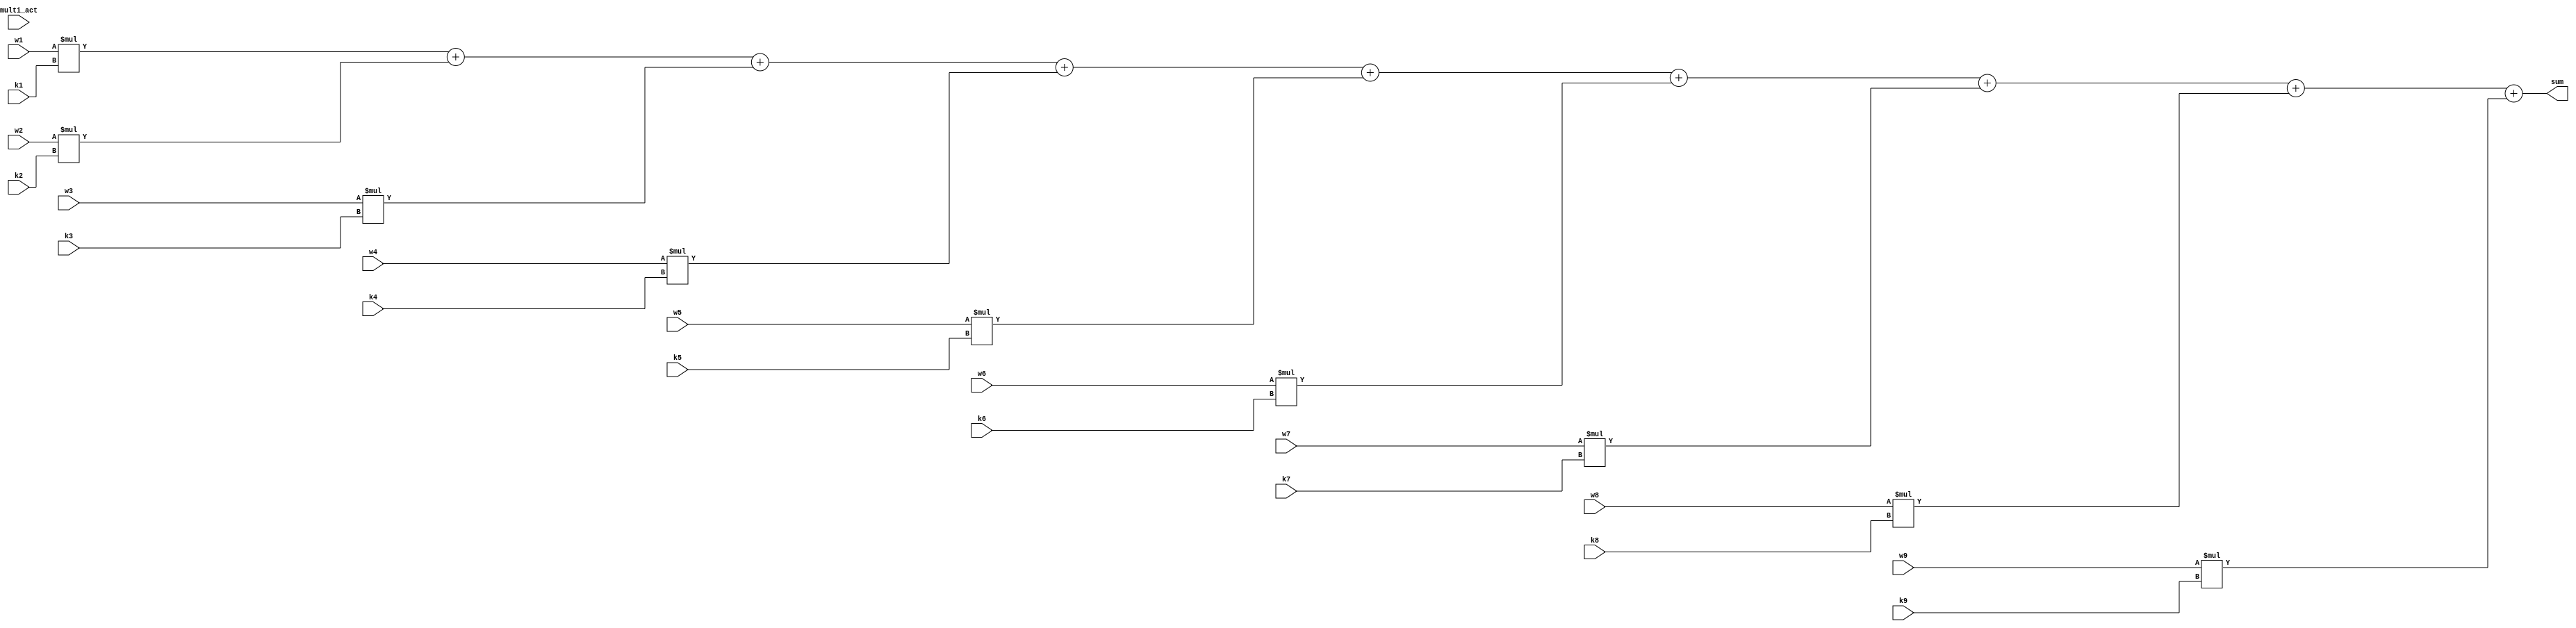
`timescale 1ns / 1ps
//////////////////////////////////////////////////////////////////////////////////
// Company: 
// Engineer: 
// 
// Design Name: 
// Module Name: calculate
// Project Name: 
// Target Devices: 
// Tool Versions: 
// Description: 
// 
// Dependencies: 
// 
// Revision:
// Revision 0.01 - File Created
// Additional Comments:
// 
//////////////////////////////////////////////////////////////////////////////////


module calculate(multi_act,w1,w2,w3,w4,w5,w6,w7,w8,w9,
                    k1,k2,k3,k4,k5,k6,k7,k8,k9,sum);
    input multi_act;
    input [7:0] w1;
    input [7:0] w2;
    input [7:0] w3;
    
    input [7:0] w4;
    input [7:0] w5;
    input [7:0] w6;
    
    input [7:0] w7;
    input [7:0] w8;
    input [7:0] w9;
    
    input [7:0] k1;
    input [7:0] k2;
    input [7:0] k3;
    
    input [7:0] k4;
    input [7:0] k5;
    input [7:0] k6;
    
    input [7:0] k7;
    input [7:0] k8;
    input [7:0] k9;
    
    output [8:0] sum;
    
    assign sum = w1*k1+w2*k2+w3*k3+w4*k4+w5*k5+w6*k6+w7*k7+w8*k8+w9*k9;
    
endmodule